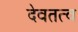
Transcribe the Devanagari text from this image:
देवतत्व